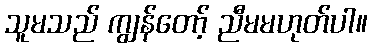
သူမသည် ကျွန်တော့် ညီမမဟုတ်ပါ။